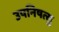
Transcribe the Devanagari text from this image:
उपनिषत्सु